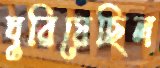
ঘুরিয়েছিল